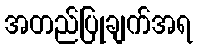
အတည်ပြုချက်အရ